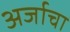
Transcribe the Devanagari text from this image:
अर्जाचा